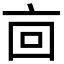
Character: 㐭